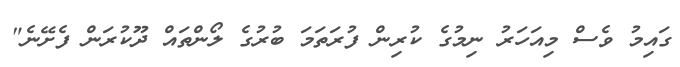
ގައިމު ވެސް މިއަހަރު ނިމުގެ ކުރިން ފުރަތަމަ ބުރުގެ ލޯންތައް ދޫކުރަން ފެށޭނެ"